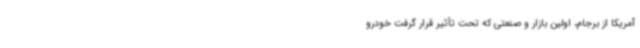
آمریکا از برجام، اولین بازار و صنعتی که تحت تأثیر قرار گرفت خودرو